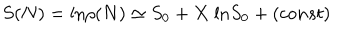
S ( N ) = \mathrm { l n } \rho ( N ) \simeq S _ { 0 } + X \; \mathrm { l n } S _ { 0 } + ( c o n s t )